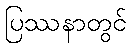
ပြဿနာတွင်